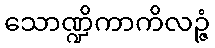
သောဏ္ဍိကာကိလဉ္ဇံ